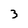
Character: 3